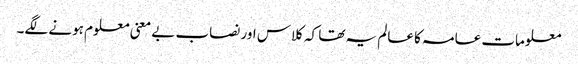
معلومات عامہ کا عالم یہ تھا کہ کلاس اور نصاب بے معنی معلوم ہونے لگے۔